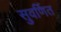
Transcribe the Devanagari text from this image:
सुवर्णित